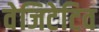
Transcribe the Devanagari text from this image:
वेजिटेटिव